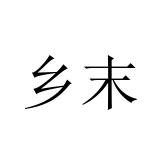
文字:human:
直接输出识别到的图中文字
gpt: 乡末